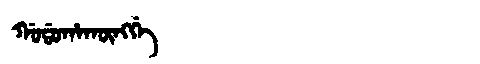
Manchu: ᡤᠣᡩᠣᡥᠠᡴᡡᠩᡤᡝ
Romanization: GODOHAKŪNGGE